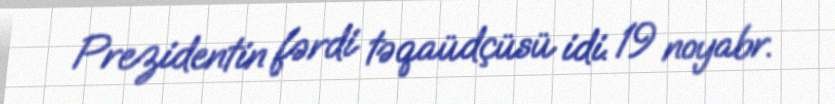
Prezidentin fərdi təqaüdçüsü idi. 19 noyabr.